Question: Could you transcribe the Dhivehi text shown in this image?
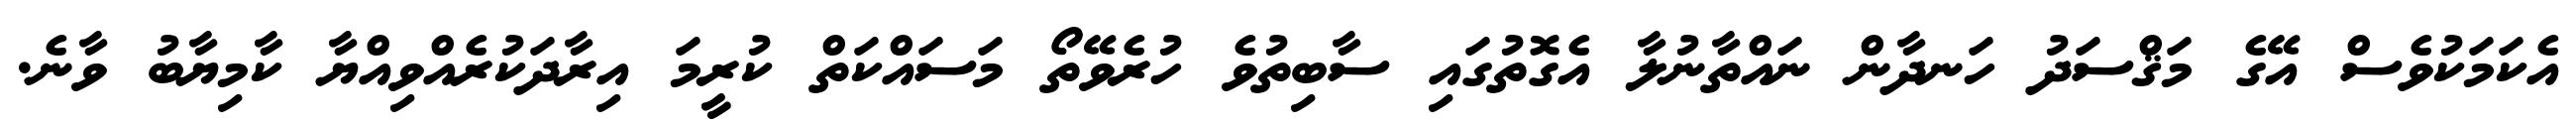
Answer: އެކަމަކުވެސް އޭގެ މަޤްސަދު ހަނދާން ނައްތާނުލާ އެގޮތުގައި ސާބިތުވެ ހުރެވޭތޯ މަސައްކަތް ކުރީމަ އިރާދަކުރެއްވިއްޔާ ކާމިޔާބު ވާނެ.